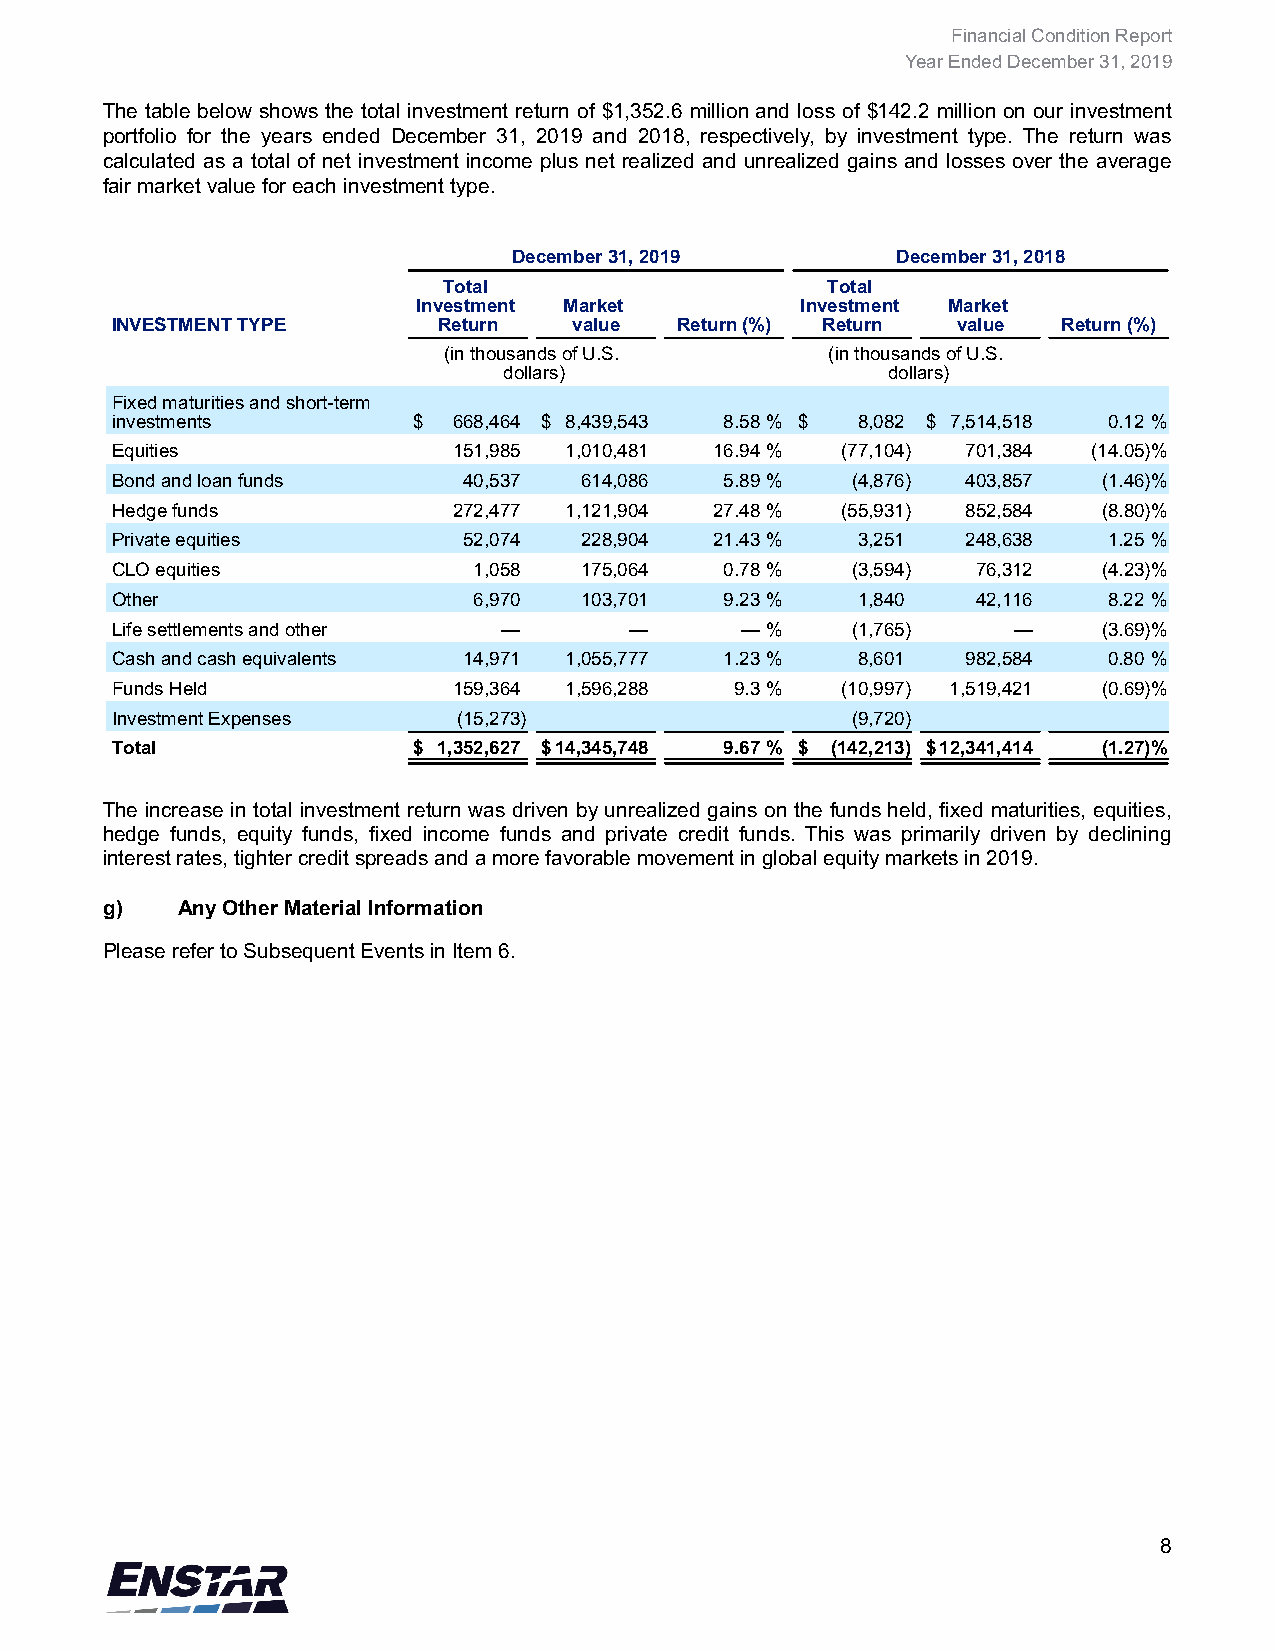
Financial Condition Report
 Year Ended December 31, 2019
 The table below shows the total investment return of $1,352.6 million and loss of $142.2 million on our investment
 portfolio for the years ended December 31, 2019 and 2018, respectively, by investment type. The return was
 calculated as a total of net investment income plus net realized and unrealized gains and losses over the average
 fair market value for each investment type.
 December 31, 2019        December 31, 2018
 Total                     Total
 Investment Market        Investment Market
 INVESTMENT TYPE       Return   value  Return (%) Return value  Return (%)
 (in thousands of U.S.     (in thousands of U.S.
 dollars)                  dollars)
 Fixed maturities and short-term
 investments         $  668,464 $ 8,439,543 8.58 % $ 8,082 $ 7,514,518 0.12 %
 Equities               151,985 1,010,481 16.94 % (77,104) 701,384 (14.05) %
 Bond and loan funds     40,537 614,086   5.89 %  (4,876) 403,857  (1.46) %
 Hedge funds            272,477 1,121,904 27.48 % (55,931) 852,584 (8.80) %
 Private equities        52,074 228,904  21.43 %   3,251  248,638  1.25 %
 CLO equities            1,058  175,064   0.78 %  (3,594)  76,312  (4.23) %
 Other                   6,970  103,701   9.23 %   1,840   42,116  8.22 %
 Life settlements and other —       —      — %    (1,765)    —     (3.69) %
 Cash and cash equivalents 14,971 1,055,777 1.23 % 8,601  982,584  0.80 %
 Funds Held             159,364 1,596,288  9.3 %  (10,997) 1,519,421 (0.69) %
 Investment Expenses    (15,273)                  (9,720)
 Total               $ 1,352,627 $ 14,345,748 9.67 % $ (142,213) $ 12,341,414 (1.27) %
 The increase in total investment return was driven by unrealized gains on the funds held, fixed maturities, equities,
 hedge funds, equity funds, fixed income funds and private credit funds. This was primarily driven by declining
 interest rates, tighter credit spreads and a more favorable movement in global equity markets in 2019.
 g)   Any Other Material Information
 Please refer to Subsequent Events in Item 6.
 8